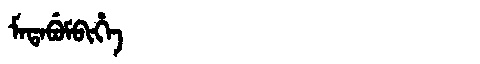
Manchu: ᠮᠠᡨᠠᠪᡠᠮᠪᡳᡥᡝ
Romanization: MATABUMBIHE